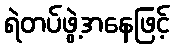
ရဲတပ်ဖွဲ့အနေဖြင့်